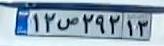
۱۲ص۲۹۲۱۳